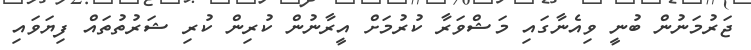
ޖަރުމަނުން ބުނީ ވިއެނާގައި މަޝްވަރާ ކުރުމަށް އީރާނުން ކުރިން ކުރި ޝަރުތުތައް ފިޔަވައި